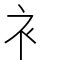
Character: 衤